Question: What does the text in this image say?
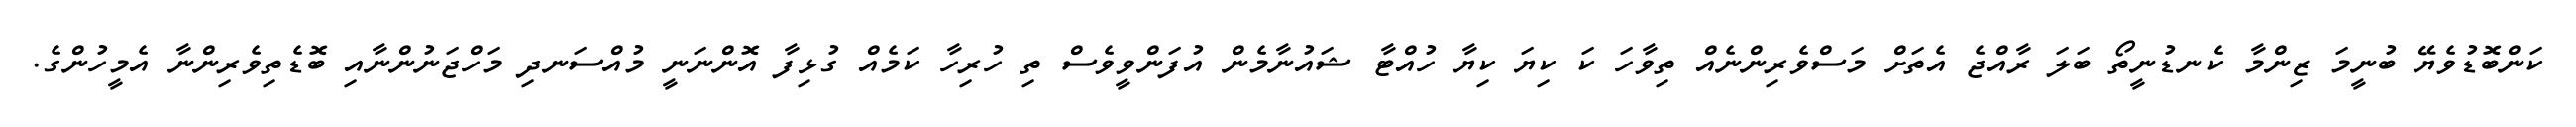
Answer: ކަންބޮޑުވެޔޭ ބުނީމަ ޒިންމާ ކެނޑުނީތޯ ބަލަ ރާއްޖެ އެތަށް މަސްވެރިންނެއް ތިވާހަ ކަ ކިޔަ ކިޔާ ހުއްޓާ ޝައުނާމެން އުފަންވީވެސް ތި ހުރިހާ ކަމެއް ގުޅިފާ އޮންނަނީ މުއްސަނދި މަހްޖަނުންނާއި ބޮޑެތިވެރިންނާ އެމީހުންގެ.